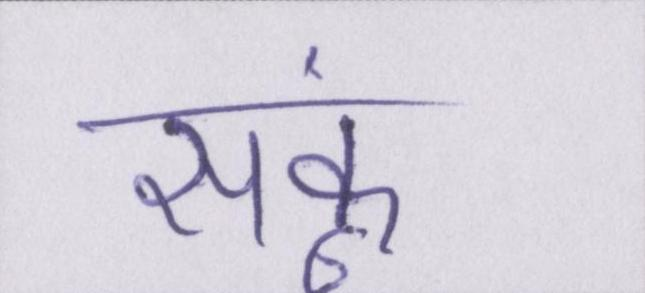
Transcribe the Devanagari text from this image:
सकूं।